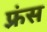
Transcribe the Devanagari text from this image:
फ़्रंस